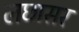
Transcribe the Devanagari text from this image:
लछासर